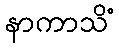
နာကာသိံ